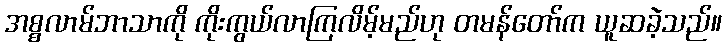
အစ္စလာမ်ဘာသာကို ကိုးကွယ်လာကြလိမ့်မည်ဟု တမန်တော်က ယူဆခဲ့သည်။